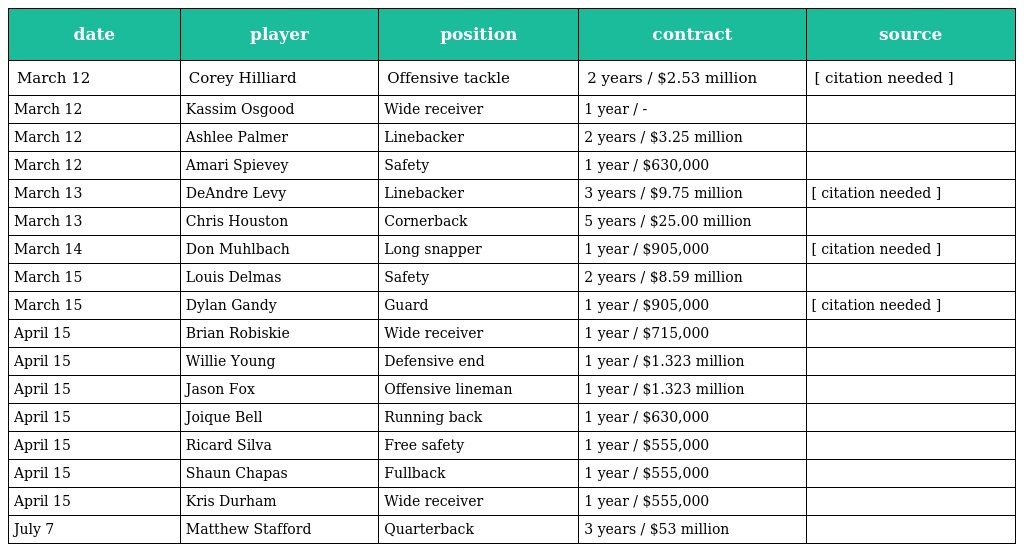
| date | player | position | contract | source |
 | --- | --- | --- | --- | --- |
 | March 12 | Corey Hilliard | Offensive tackle | 2 years / $2.53 million | [ citation needed ] |
 | March 12 | Kassim Osgood | Wide receiver | 1 year / - |  |
 | March 12 | Ashlee Palmer | Linebacker | 2 years / $3.25 million |  |
 | March 12 | Amari Spievey | Safety | 1 year / $630,000 |  |
 | March 13 | DeAndre Levy | Linebacker | 3 years / $9.75 million | [ citation needed ] |
 | March 13 | Chris Houston | Cornerback | 5 years / $25.00 million |  |
 | March 14 | Don Muhlbach | Long snapper | 1 year / $905,000 | [ citation needed ] |
 | March 15 | Louis Delmas | Safety | 2 years / $8.59 million |  |
 | March 15 | Dylan Gandy | Guard | 1 year / $905,000 | [ citation needed ] |
 | April 15 | Brian Robiskie | Wide receiver | 1 year / $715,000 |  |
 | April 15 | Willie Young | Defensive end | 1 year / $1.323 million |  |
 | April 15 | Jason Fox | Offensive lineman | 1 year / $1.323 million |  |
 | April 15 | Joique Bell | Running back | 1 year / $630,000 |  |
 | April 15 | Ricard Silva | Free safety | 1 year / $555,000 |  |
 | April 15 | Shaun Chapas | Fullback | 1 year / $555,000 |  |
 | April 15 | Kris Durham | Wide receiver | 1 year / $555,000 |  |
 | July 7 | Matthew Stafford | Quarterback | 3 years / $53 million |  |